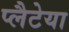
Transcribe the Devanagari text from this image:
प्लैटेया